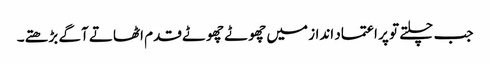
جب چلتے تو پر اعتماد انداز میں چھوٹے چھوٹے قدم اٹھاتے آگے بڑھتے۔